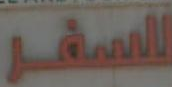
السفر